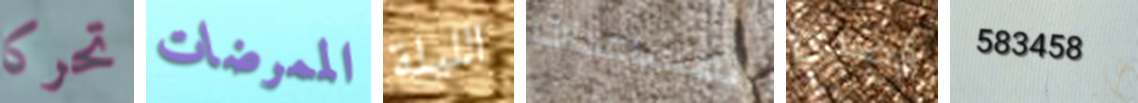
تحركا الممرضات الليلة المساعدات قصدى 583458